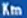
km